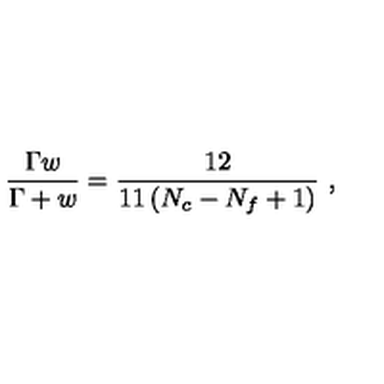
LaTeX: \frac { \Gamma w } { \Gamma + w } = \frac { 1 2 } { 1 1 \left( N _ { c } - N _ { f } + 1 \right) } \ ,